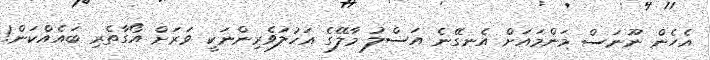
އެހެން ނޫނަސް މަންމައަށް އެނގޭނެ އަސްލު މާލޭގެ އަހުލުވެރިންނަކީ ވަރަށް އޯގާތެރި ބައެއްކަން!